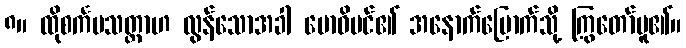
၈။ ထိုစင်္ကမသတ္တာဟ လွန်သောအခါ ဗောဓိပင်၏ အနောက်မြောက်သို့ ကြွတော်မူ၏။